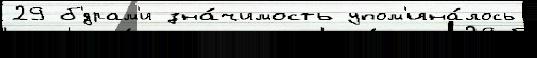
29 б'́драм'и зна́чимость упом'ина́лось